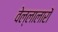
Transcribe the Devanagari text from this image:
वेल्लालारों